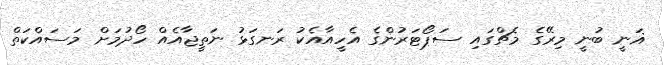
ޣަނީ ބުނީ މިރޭގެ މެޗްގައި ސަޕޯޓަރުންގެ އެހީއާއެކު ރަނގަޅު ނަތީޖާއެއް ހޯދުމަށް މަސައްކަތް